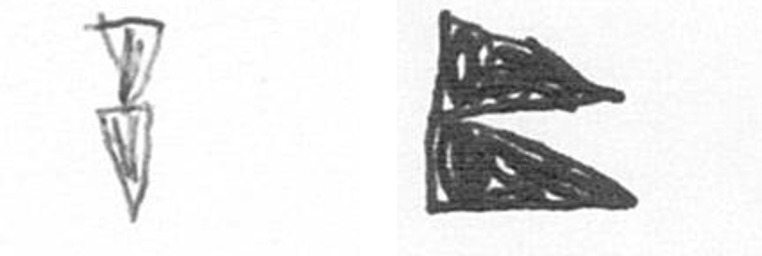
Z P